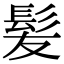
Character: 髪